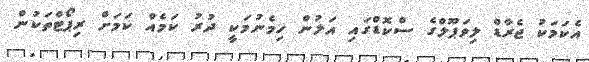
އެކަމަކު ޖެރާޑް ލިވަޕޫލްގެ ސްކޮޑްގައި އަލުން ހިމެނުމަކީ ދުރު ކަމެއް ކަމަށް ރިޕޯޓްތަކުން